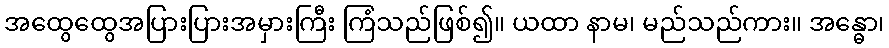
အထွေထွေအပြားပြားအမှားကြီး ကြံသည်ဖြစ်၍။ ယထာ နာမ၊ မည်သည်ကား။ အန္ဓော၊